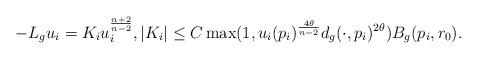
LaTeX: \begin{align*}-L_{g} u_i = K_i u_i^{\frac{n+2}{n-2}}, |K_i| \leq C \max(1 , u_i(p_i)^{\frac{4\theta}{n-2}} d_g( \cdot, p_i)^{2\theta}) B_g(p_i,r_0).\end{align*}